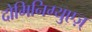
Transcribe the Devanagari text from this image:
दोमिनिग्युएज़्